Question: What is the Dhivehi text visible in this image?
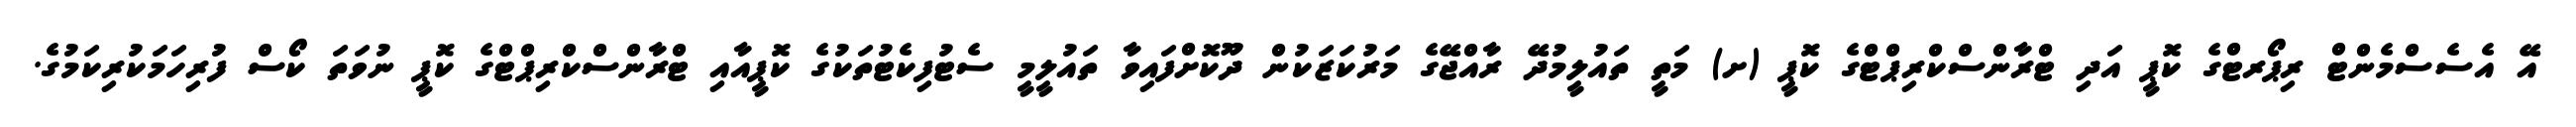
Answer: އޭ އެސެސްމެންޓް ރިޕޯރޓްގެ ކޮޕީ އަދި ޓްރާންސްކްރިޕްޓްގެ ކޮޕީ (ށ) މަތީ ތައުލީމުދޭ ރާއްޖޭގެ މަރުކަޒަކުން ދޫކޮށްފައިވާ ތައުލީމީ ސެޓުފިކެޓުތަކުގެ ކޮޕީއާއި ޓްރާންސްކްރިޕްޓްގެ ކޮޕީ ނުވަތަ ކޯސް ފުރިހަމަކުރިކަމުގެ.